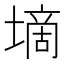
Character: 墑